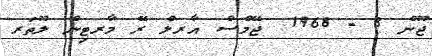
ޖޫން 8 - 1968  ޖޭމްސް އާރލް ރޭ މާރޓިން ލޫތަރ